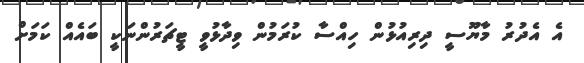
އެ އެދުރު މާޔޫސީ ދިރިއުޅުން ހިއްސާ ކުރަމުން ވިދާޅުވީ ޓީޗަރުންނަކީ ބައެއް ކަމަށް